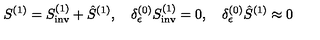
S ^ { ( 1 ) } = S _ { \mathrm { i n v } } ^ { ( 1 ) } + \hat { S } ^ { ( 1 ) } , \quad \delta _ { \epsilon } ^ { ( 0 ) } S _ { \mathrm { i n v } } ^ { ( 1 ) } = 0 , \quad \delta _ { \epsilon } ^ { ( 0 ) } \hat { S } ^ { ( 1 ) } \approx 0